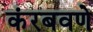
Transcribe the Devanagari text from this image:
कंरबवणे